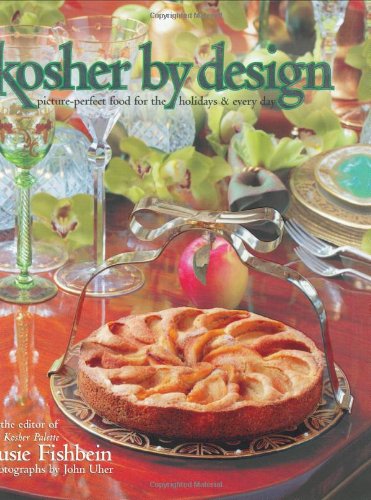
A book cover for Kosher by Design: Picture Perfect Food for the Holidays & Every Day; Susie Fishbein; Cookbooks, Food & Wine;